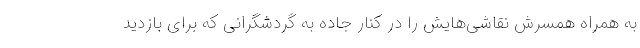
به همراه همسرش نقاشی‌هایش را در کنار جاده به گردشگرانی که برای بازدید